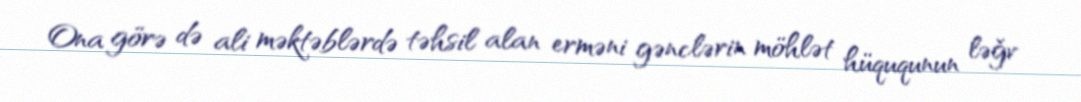
Ona görə də ali məktəblərdə təhsil alan erməni gənclərin möhlət hüququnun ləğv